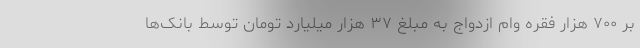
بر ۷۰۰ هزار فقره وام ازدواج به مبلغ ۳۷ هزار میلیارد تومان توسط بانک‌ها